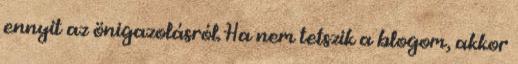
ennyit az önigazolásról. Ha nem tetszik a blogom, akkor